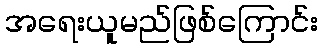
အရေးယူမည်ဖြစ်ကြောင်း